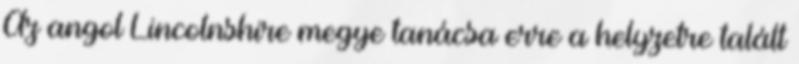
Az angol Lincolnshire megye tanácsa erre a helyzetre talált